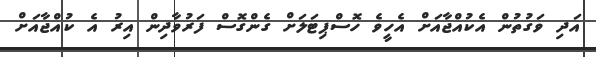
އަދި ވަގުތުން އެކުއްޖާއަށް އެހީވެ ހޮސްޕިޓަލަށް ގެންގޮސް ފަރުވާދިން އިރު އެ ކުއްޖާއަށް